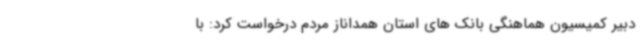
دبیر کمیسیون هماهنگی بانک های استان همداناز مردم درخواست کرد: با